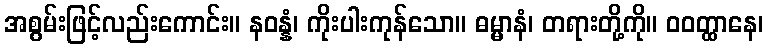
အစွမ်းဖြင့်လည်းကောင်း။ နဝန္နံ၊ ကိုးပါးကုန်သော။ ဓမ္မာနံ၊ တရားတို့ကို။ ဝဝတ္ထာနေ၊